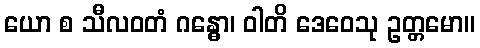
ယော စ သီလဝတံ ဂန္ဓော၊ ဝါတိ ဒေဝေသု ဥတ္တမော။